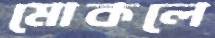
মোকলে